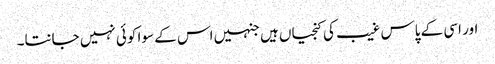
اور اسی کے پاس غیب کی کنجیاں ہیں جنہیں اس کے سوا کوئی نہیں جانتا۔